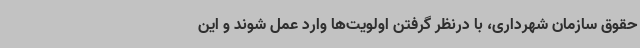
حقوق سازمان شهرداری، با درنظر گرفتن اولویت‌ها وارد عمل شوند و این